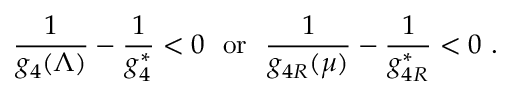
{ \frac { 1 } { g _ { 4 } ( \Lambda ) } } - { \frac { 1 } { g _ { 4 } ^ { \ast } } } < 0 ~ ~ \mathrm { o r } ~ ~ { \frac { 1 } { g _ { 4 R } ( \mu ) } } - { \frac { 1 } { g _ { 4 R } ^ { \ast } } } < 0 ~ .